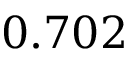
0 . 7 0 2